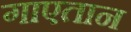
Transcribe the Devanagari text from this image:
गाएतान